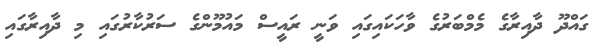
ގައްދޫ ދާއިރާގެ މެމްބަރުގެ ވާހަކައިގައި ވަނީ ރައީސް މައުމޫންގެ ސަރުކާރުގައި މި ދާއިރާގައި